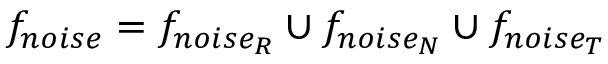
f _ { n o i s e } = f _ { n o i s e _ { R } } \cup f _ { n o i s e _ { N } } \cup f _ { n o i s e _ { T } }